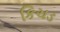
કિચડ